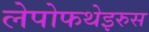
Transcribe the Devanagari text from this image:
लेपोफथेइरुस